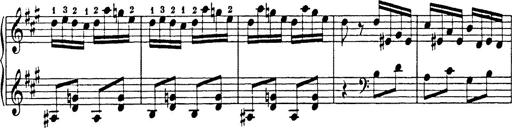
Title: Hungarian Rhapsody No.18
Composer: Franz Liszt
Key: F-sharp minor